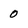
Character: 0